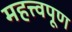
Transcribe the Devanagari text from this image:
महत्त्वपूण